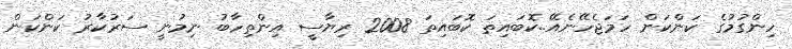
ހިންގުމުގެ ކަންކަން ހަމަޖެހޭނެއޭ..ކޮބައިތަ ކޮބައިތަ 2008 ރިޔާސީ އިންތިހާބު ނިމުނީ ސަރުކާރު ކަންކަން